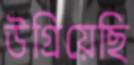
উগ্‌রিয়েছি